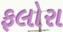
ફલોરા